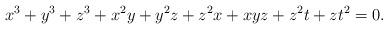
LaTeX: \begin{align*}x^3 + y^3 + z^3 + x^2y + y^2z + z^2x + xyz + z^2t + zt^2 = 0.\end{align*}